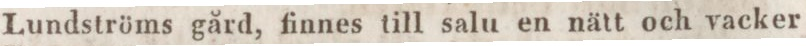
Lundströms gård, finnes till salu en nätt och vacker